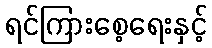
ရင်ကြားစေ့ရေးနှင့်